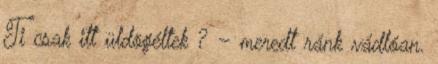
Ti csak itt üldögéltek ? – meredt ránk vádlóan.